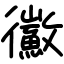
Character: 鰴